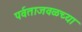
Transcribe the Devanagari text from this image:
पर्वताजवळच्या